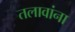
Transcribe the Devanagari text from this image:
तलावांना